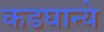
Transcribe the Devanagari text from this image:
कडघान्ये